Scientific memoirs by medical officers of the Army of India - Part XII,
Year: 1901
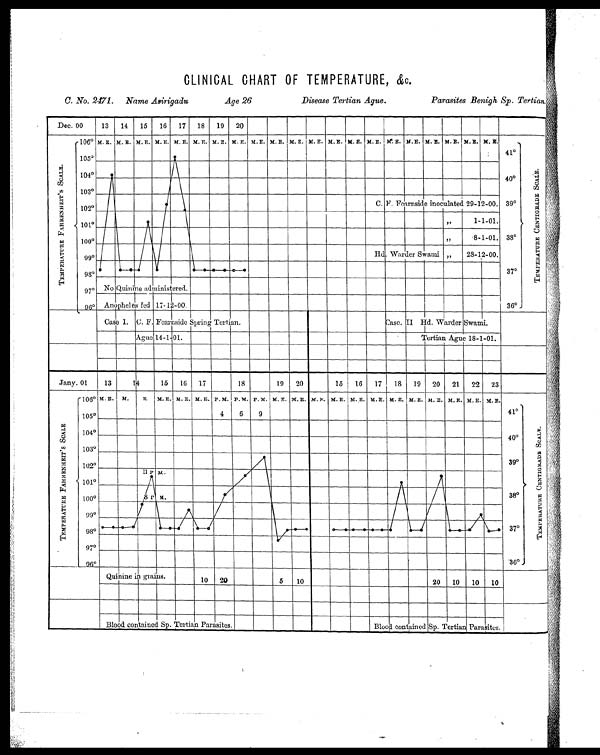
CLINICAL CHART OF TEMPERATURE, &c.
C. No. 2471. Name Asirigadu
Age 26
Disease Tertian Ague.
Parasites Benigh Sp. Tertian.